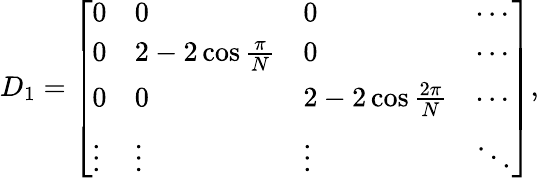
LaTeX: D_{1}=\left[\begin{array}{llll}{0}&{0}&{0}&{\cdots}\\ {0}&{2-2\cos\frac{\pi}{N}}&{0}&{\cdots}\\ {0}&{0}&{2-2\cos\frac{2\pi}{N}}&{\cdots}\\ {\vdots}&{\vdots}&{\vdots}&{\ddots}\end{array}\right],